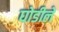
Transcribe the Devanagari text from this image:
घोडीले